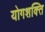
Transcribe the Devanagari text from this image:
योगशक्‍ति